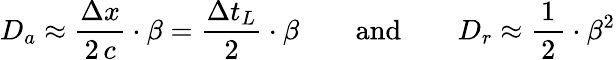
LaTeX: D_{a}\approx\frac{\Delta x}{2\, c}\cdot\beta=\frac{\Delta t_{L}}{2}\cdot\beta\qquad\mathrm{and}\qquad D_{r}\approx\frac{1}{\, 2\, }\cdot\beta^{2}